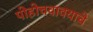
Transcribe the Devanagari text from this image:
पोहोचवावयाचे